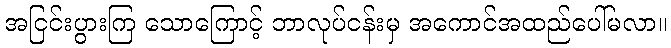
အငြင်းပွားကြ သောကြောင့် ဘာလုပ်ငန်းမှ အကောင်အထည်ပေါ်မလာ။